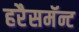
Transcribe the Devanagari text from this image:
हरैसमॅन्ट